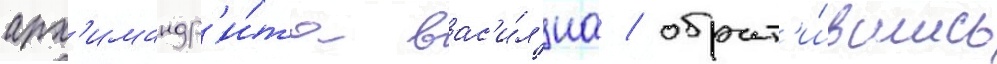
арх'имандр'и́та вас'и́л'иа / обрат'и́вшись